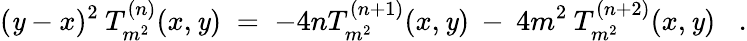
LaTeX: (\mathit{y}-x)^{2}\: T_{m^{2}}^{(n)}(x,\mathit{y})\; =\; -4nT_{m^{2}}^{(n+1)}(x,\mathit{y})\: -\: 4m^{2}\: T_{m^{2}}^{(n+2)}(x,\mathit{y})\; \; \; .